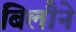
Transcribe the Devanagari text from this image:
बिलौने